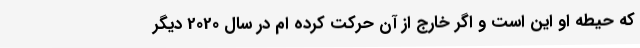
که حیطه او این است و اگر خارج از آن حرکت کرده ام در سال 2020 دیگر